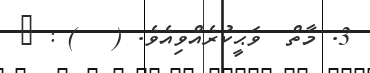
3. މާތް  ވަޙީކުރެއްވިއެވެ. (   ) : ١